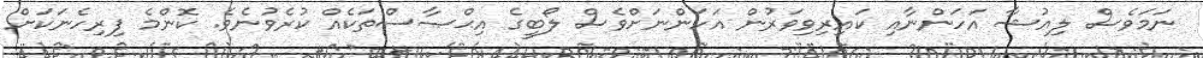
ނަމަވެސް ލިއުޝާ އަހަންނާއި ކައިރިވިވަރުން އަހަންނަށްވެސް ލޯބީގެ އިޙްޞާސްތަކެއް ކުރެވުނެވެ. ކޮންމެ ފިރިހެނަކަށް